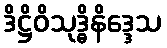
ဒိဋ္ဌိဝိသုဒ္ဓိနိဒ္ဒေသ